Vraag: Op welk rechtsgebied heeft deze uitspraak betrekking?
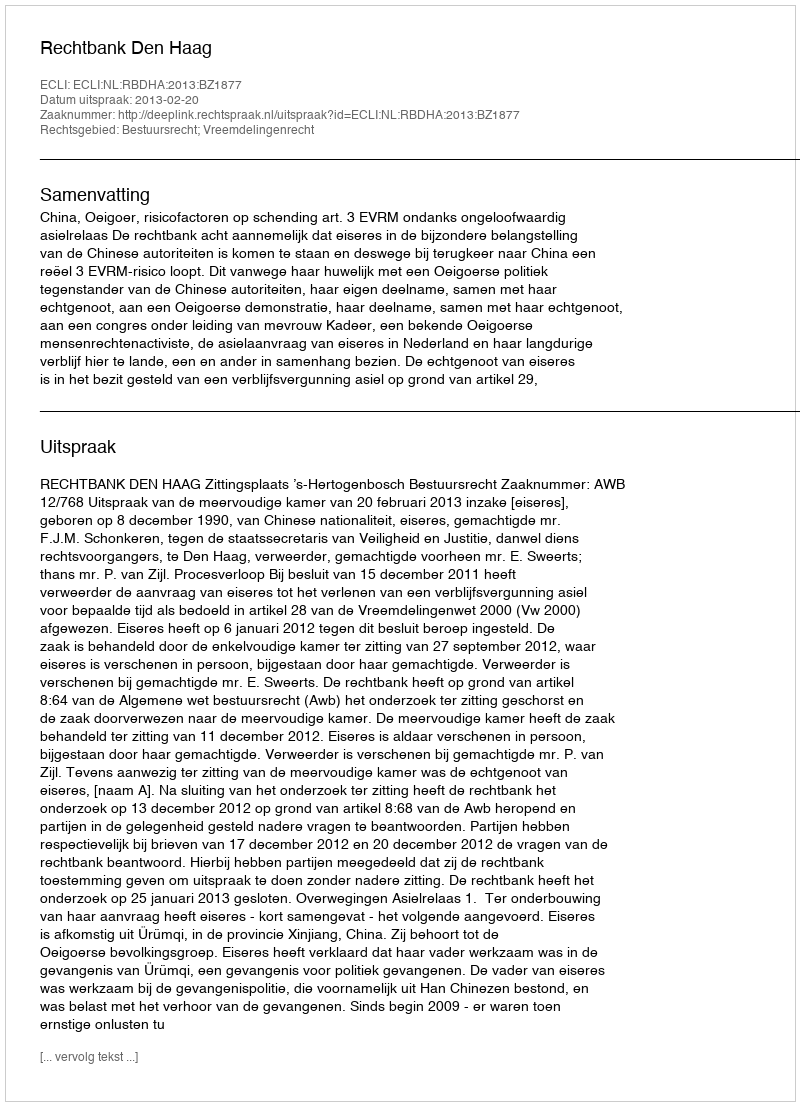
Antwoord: Bestuursrecht; Vreemdelingenrecht